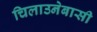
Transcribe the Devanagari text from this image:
चिलाउनेबासी